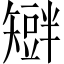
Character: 𥐆